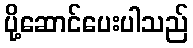
ပို့ဆောင်ပေးပါသည်